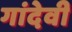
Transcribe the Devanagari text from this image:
गांदेवी